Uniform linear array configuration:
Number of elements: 4
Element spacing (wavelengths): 1
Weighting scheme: binomial
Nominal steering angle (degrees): -60
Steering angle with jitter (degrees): -60.732
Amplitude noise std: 0.05
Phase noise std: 0.05

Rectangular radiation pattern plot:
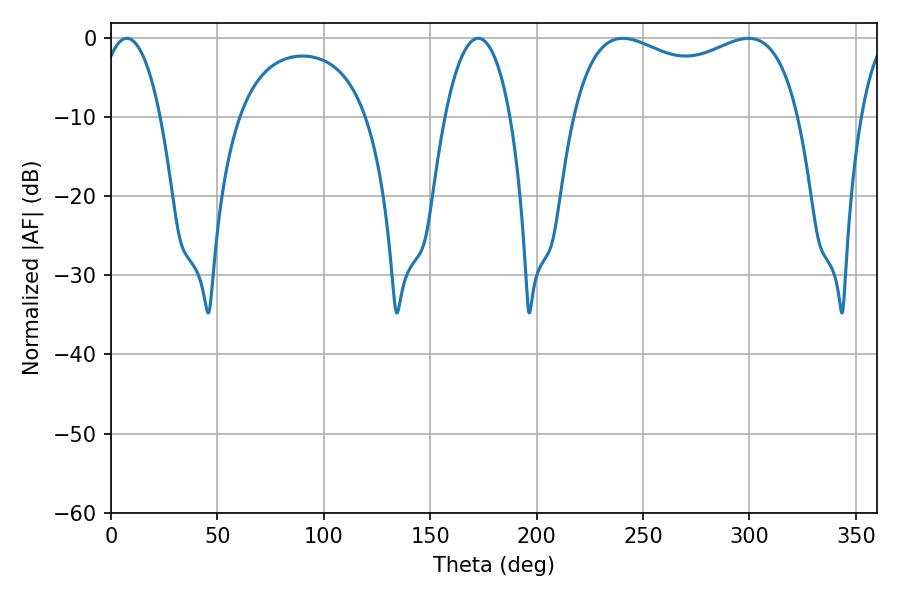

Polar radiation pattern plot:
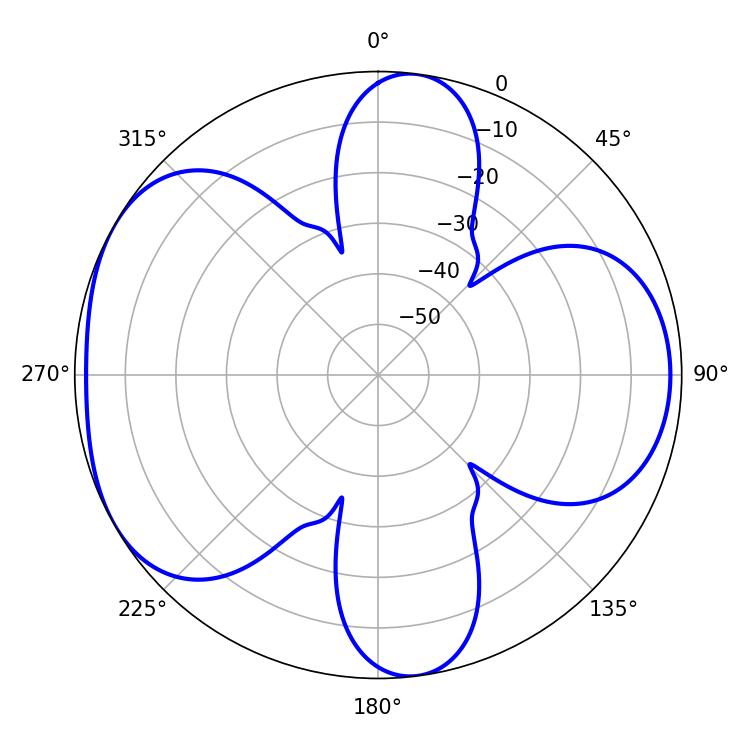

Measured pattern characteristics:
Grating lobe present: TRUE
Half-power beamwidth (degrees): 87.84
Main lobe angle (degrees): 240.48